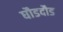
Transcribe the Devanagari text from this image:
घौडदौड